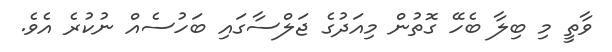
ވާތީ މި ބިލާ ބެހޭ ގޮތުން މިއަދުގެ ޖަލްސާގައި ބަހުސެއް ނުކުރެ އެވެ.